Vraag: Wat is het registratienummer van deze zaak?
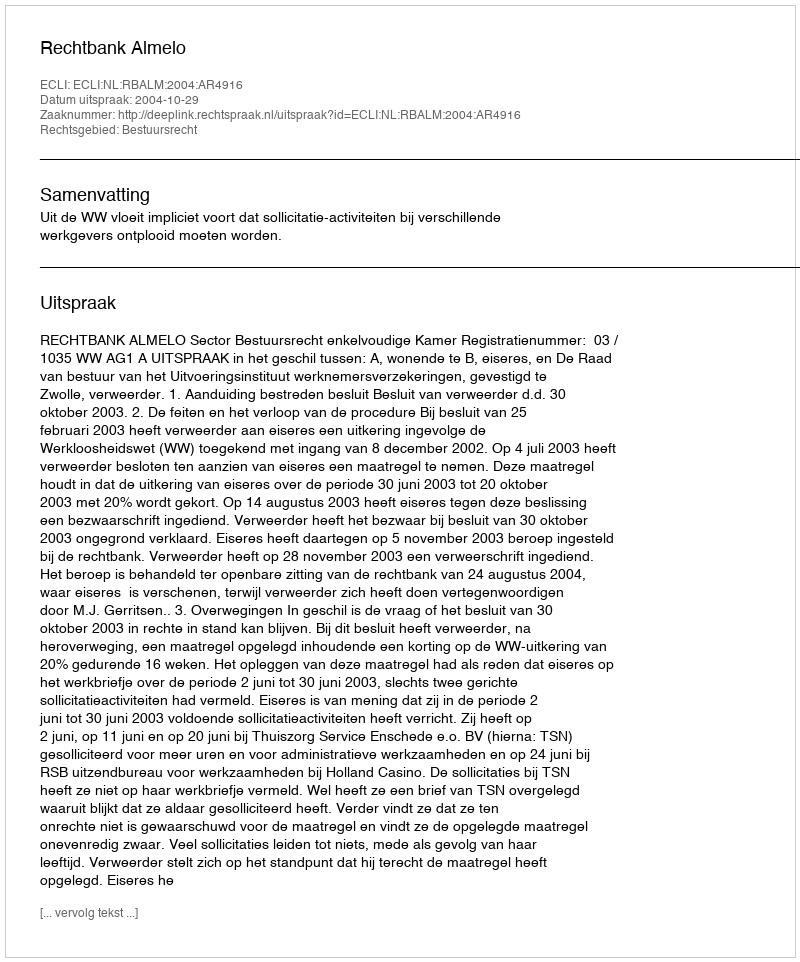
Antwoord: http://deeplink.rechtspraak.nl/uitspraak?id=ECLI:NL:RBALM:2004:AR4916